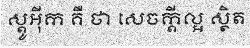
ស្តូអ៊ីក គឺ ថា សេចក្តីល្អ ស្ថិត